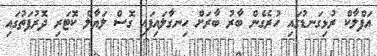
އަފްލާކް ރުޅިގަނޑުގައި ހުރެގެން ބާރު ބާރަށް ހިނގާލައިފައި ގޮސް ލަޔާލް ކޮޓަރި ދޮރުފަތުގައި